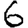
Digit: 6